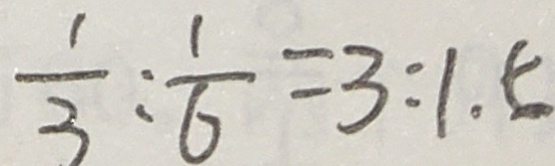
\frac { 1 } { 3 } : \frac { 1 } { 6 } = 3 : 1 . 5